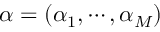
\alpha = ( \alpha _ { 1 } , \cdots , \alpha _ { M } )